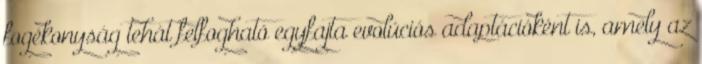
fogékonyság tehát felfogható egyfajta evolúciós adaptációként is, amely az